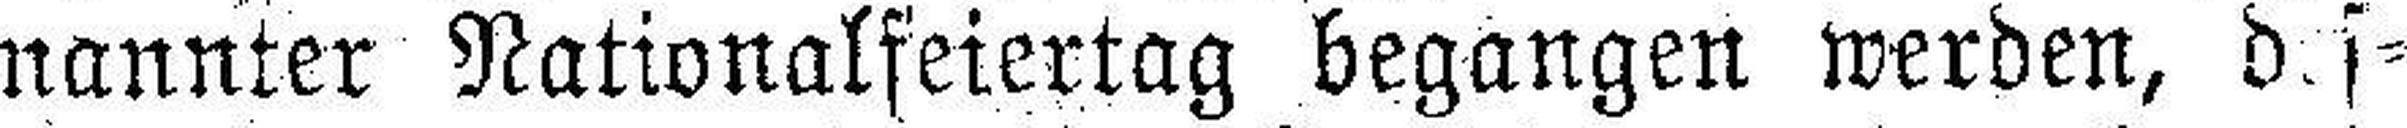
nannter Nationalfeiertag begangen werden, des¬